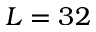
L = 3 2